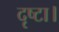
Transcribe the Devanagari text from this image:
दृष्टा।